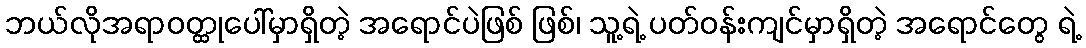
ဘယ်လိုအရာဝတ္ထုပေါ်မှာရှိတဲ့ အရောင်ပဲဖြစ် ဖြစ်၊ သူ့ရဲ့ ပတ်ဝန်းကျင်မှာရှိတဲ့ အရောင်တွေ ရဲ့